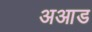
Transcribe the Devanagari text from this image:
अआड